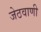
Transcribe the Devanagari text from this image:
जेठवाणी